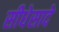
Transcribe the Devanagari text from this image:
सीधेसादे